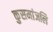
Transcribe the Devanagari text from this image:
कुसमांजलि